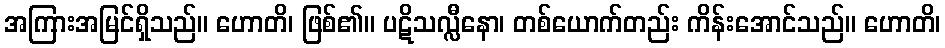
အကြားအမြင်ရှိသည်။ ဟောတိ၊ ဖြစ်၏။ ပဋိသလ္လီနော၊ တစ်ယောက်တည်း ကိန်းအောင်သည်။ ဟောတိ၊